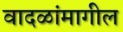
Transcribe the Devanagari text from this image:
वादळांमागील